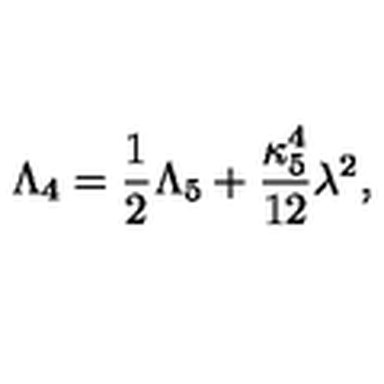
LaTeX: \Lambda _ { 4 } = { \frac { 1 } { 2 } } \Lambda _ { 5 } + { \frac { \kappa _ { 5 } ^ { 4 } } { 1 2 } } \lambda ^ { 2 } ,